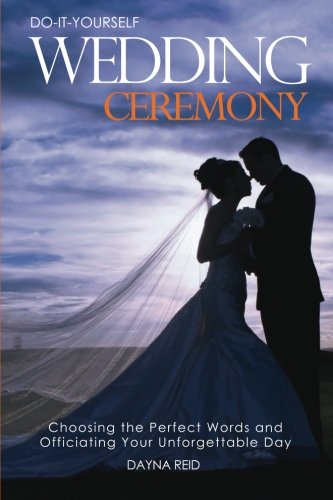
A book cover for Do-It-Yourself Wedding Ceremony: Choosing the Perfect Words and Officiating Your Unforgettable Day; Dayna Reid; Crafts, Hobbies & Home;